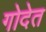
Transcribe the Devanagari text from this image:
गोदेत